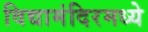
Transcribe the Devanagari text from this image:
विद्यामंदिरमध्ये